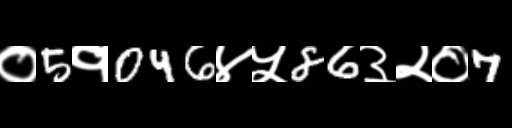
Text: ०5१046४५86३२०7